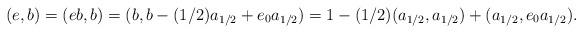
LaTeX: \begin{align*} (e,b)=(eb,b)=(b,b - (1/2)a_{1/2} + e_0a_{1/2}) = 1 - (1/2)(a_{1/2},a_{1/2}) + (a_{1/2},e_0 a_{1/2}).\end{align*}